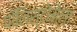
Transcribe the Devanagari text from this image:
पॉलिस्टोमेला